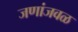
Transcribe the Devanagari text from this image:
जणांजवळ